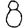
Digit: 8